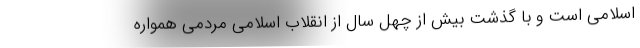
اسلامی است و با گذشت بیش از چهل سال از انقلاب اسلامی مردمی همواره